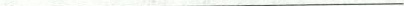
___